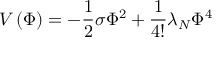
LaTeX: V \left( \Phi \right) = - \frac 1 2 \sigma \Phi ^ { 2 } + \frac 1 { 4 ! } \lambda _ { N } \Phi ^ { 4 }